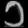
Digit: ၁